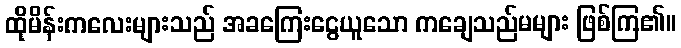
ထိုမိန်းကလေးများသည် အခကြေးငွေယူသော ကချေသည်မများ ဖြစ်ကြ၏။